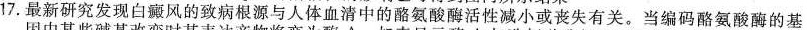
17.最新研究发现白癜风的致病根源与人体血清中的酪氨酸酶活性减小或丧失有关。当编码酪氨酸酶的基